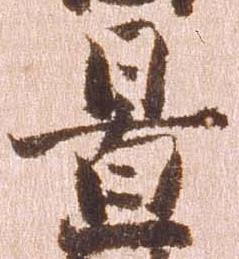
置